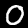
Digit: 0